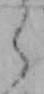
ら